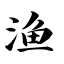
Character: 渔